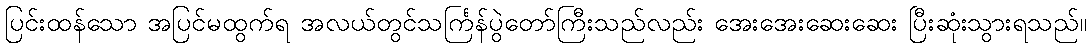
ပြင်းထန်သော အပြင်မထွက်ရ အလယ်တွင်သင်္ကြန်ပွဲတော်ကြီးသည်လည်း အေးအေးဆေးဆေး ပြီးဆုံးသွားရသည်။